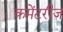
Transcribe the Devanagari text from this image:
कमेंटरीज़